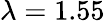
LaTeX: \lambda=1.55